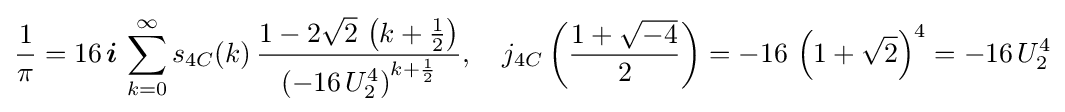
{\frac {1}{\pi }}=16\,{\boldsymbol {i}}\,\sum _{k=0}^{\infty }s_{4C}(k)\,{\frac {1-2{\sqrt {2}}\,\left(k+{\frac {1}{2}}\right)}{\left(-16\,U_{2}^{4}\right)^{k+{\frac {1}{2}}}}},\quad j_{4C}\left({\frac {1+{\sqrt {-4}}}{2}}\right)=-16\,\left(1+{\sqrt {2}}\right)^{4}=-16\,U_{2}^{4}